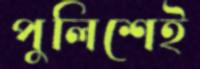
পুলিশেই